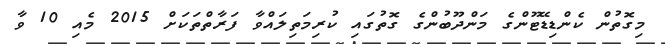
މިގޮތުން ކެންޑިޑޭޓޫންގެ މަންދޫބުންގެ ގޮތުގައި ކުރިމަތިލައްވާ ފަރާތްތަކަށް 2015 މެއި 10 ވާ